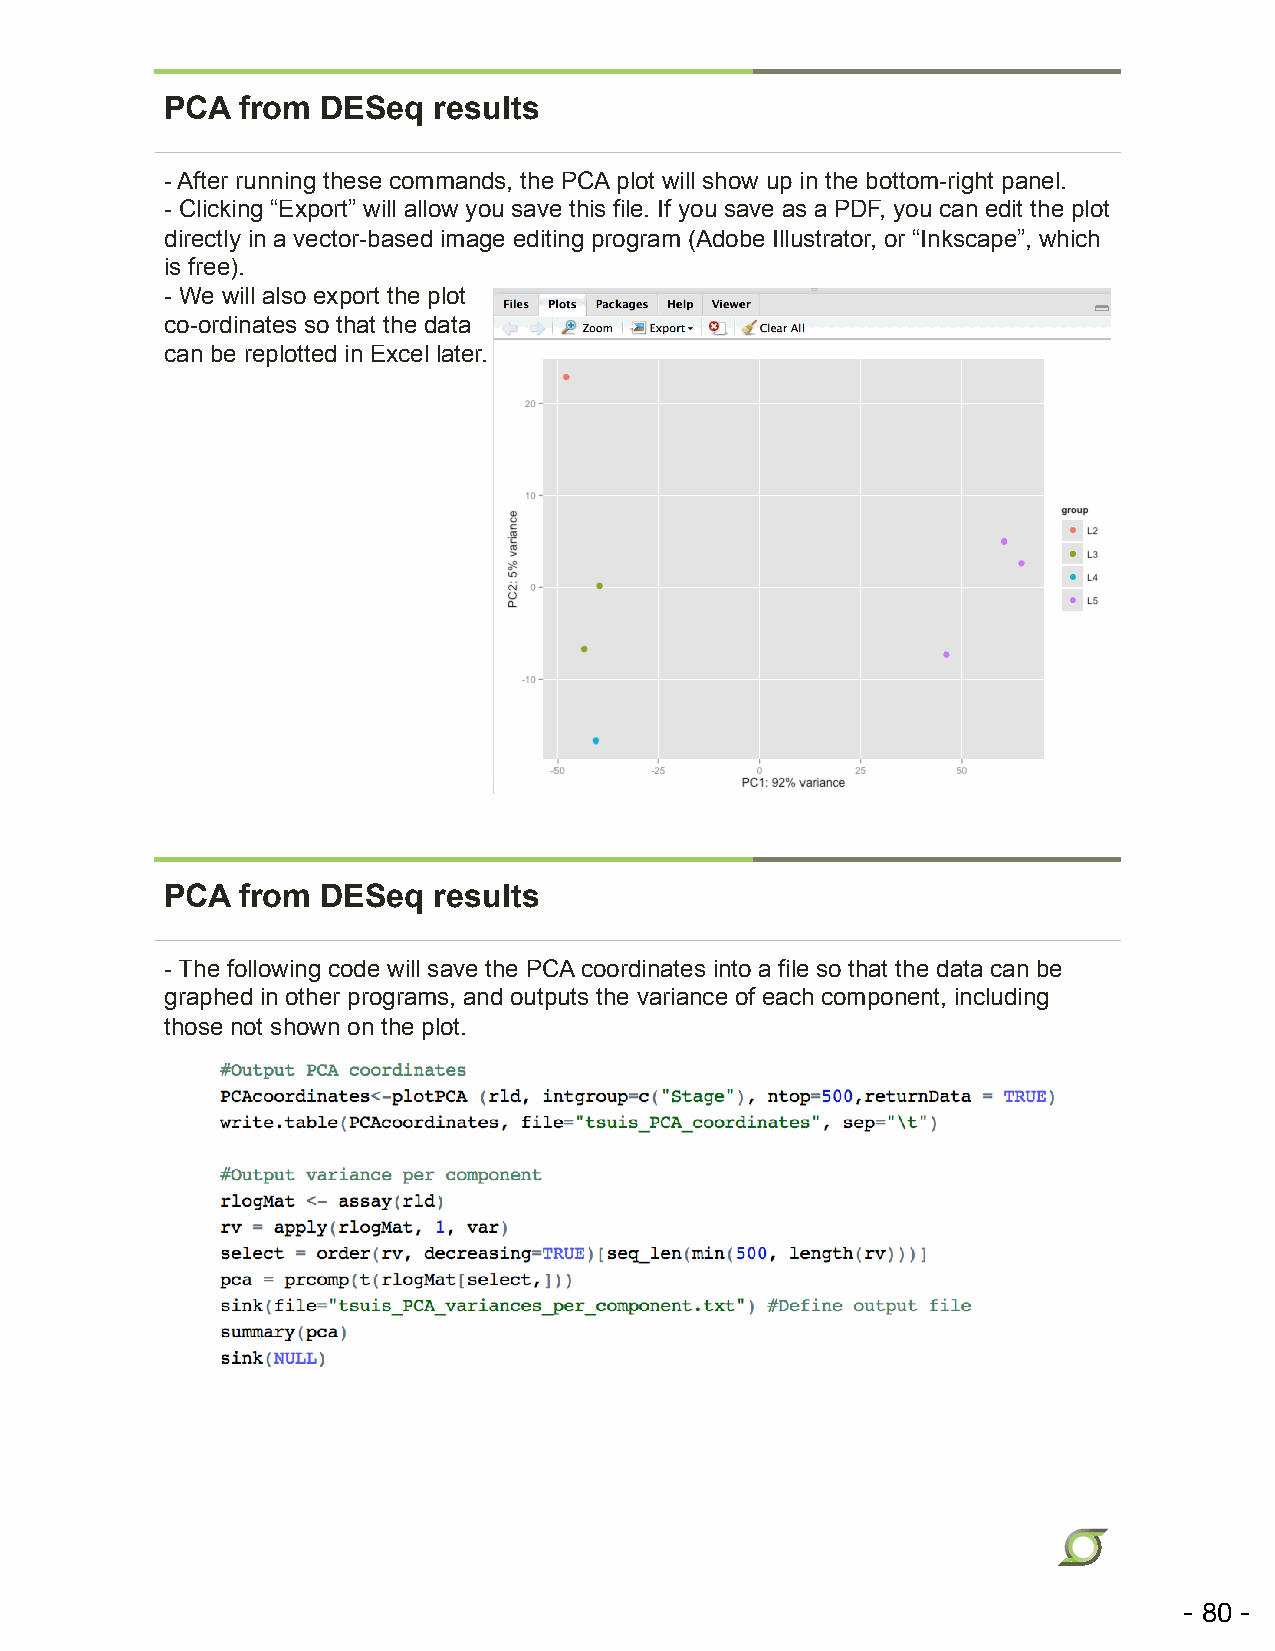
PCA  from DESeq   results
 - After running these commands, the PCA plot will show up in the bottom-right panel.
 - Clicking “Export” will allow you save this file. If you save as a PDF, you can edit the plot
 directly in a vector-based image editing program (Adobe Illustrator, or “Inkscape”, which
 is free).
 - We will also export the plot
 co-ordinates so that the data
 can be replotted in Excel later.
 PCA  from DESeq   results
 - The following code will save the PCA coordinates into a file so that the data can be
 graphed in other programs, and outputs the variance of each component, including
 those not shown on the plot.